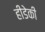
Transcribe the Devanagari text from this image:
हीडेकी